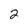
Character: 2